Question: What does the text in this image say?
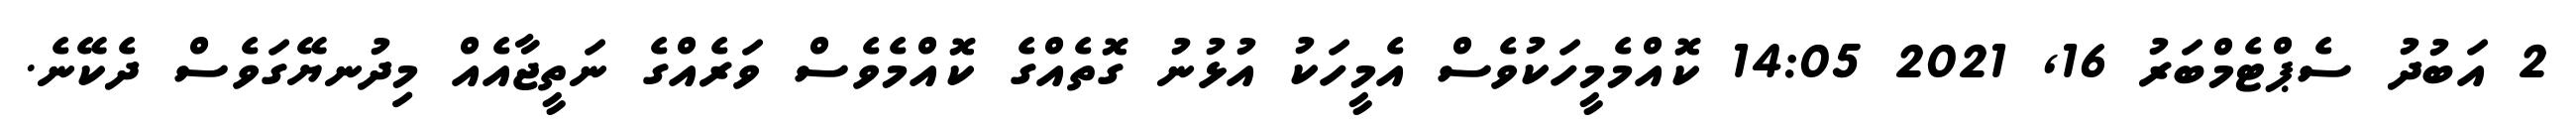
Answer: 2 އަބުދު ސެޕްޓެމްބަރު 16, 2021 14:05 ކޮއްމެމީހަކުވެސް އެމީހަކު އުޅުނު ގޮތެއްގެ ކޮއްމެވެސް ވަރެއްގެ ނަތީޖާއެއް މިދުނޔޭގަވެސް ދެކޭނެ.